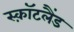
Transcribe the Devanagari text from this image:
स्क़ॉटलैंड